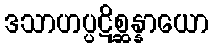
ဒသာဟပ္ပဋိစ္ဆန္နာယော